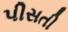
પીસતી